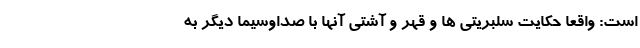
است: واقعا حکایت سلبریتی ها و قهر و آشتی آنها با صداوسیما دیگر به